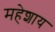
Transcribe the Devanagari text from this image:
महेशाय